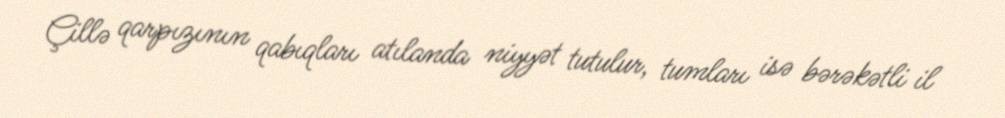
Çillə qarpızının qabıqları atılanda niyyət tutulur, tumları isə bərəkətli il